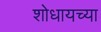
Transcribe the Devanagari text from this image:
शोधायच्या